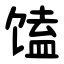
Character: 馌